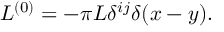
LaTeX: L ^ { ( 0 ) } = - \pi L \delta ^ { i j } \delta ( x - y ) .